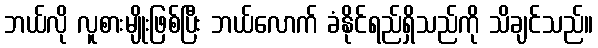
ဘယ်လို လူစားမျိုးဖြစ်ပြီး ဘယ်လောက် ခံနိုင်ရည်ရှိသည်ကို သိချင်သည်။